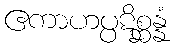
ဧကာဟပ္ပဋိစ္ဆန္နံ